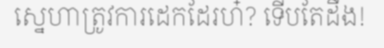
ស្នេហាត្រូវការដេកដែរហ៎? ទើបតែដឹង!